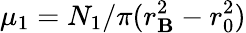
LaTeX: \mu_{1}=N_{1}/\pi(r_{\mathbf{B}}^{2}-r_{0}^{2})